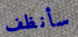
سأنظف